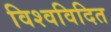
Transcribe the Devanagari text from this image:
विश्वविदित